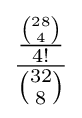
{\frac {\frac {\binom {28}{4}}{4!}}{\binom {32}{8}}}